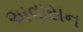
અવાસન